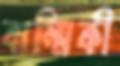
বাল্মিকী